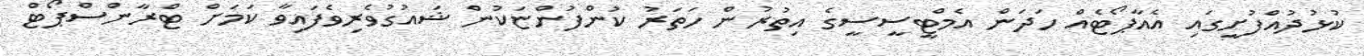
ކުޅުދުއްފުށީގައި އެއާޕޯޓެއް ހަދަން އެމްޓީސީސީގެ އިތުރުން ހަތަރު ކުންފުންޏަކުން ޝައުގުވެރިވެފައިވާ ކަމަށް ޓްރާންސްޕޯޓް